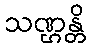
သဏ္ဌန္တိ